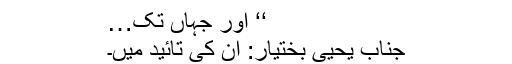
‘‘ اور جہاں تک…
جناب یحییٰ بختیار: ان کی تائید میں۔